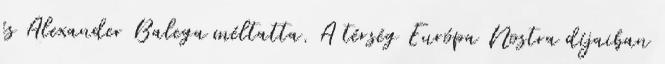
és Alexander Balega méltatta. A térség Európa Nostra díjaiban